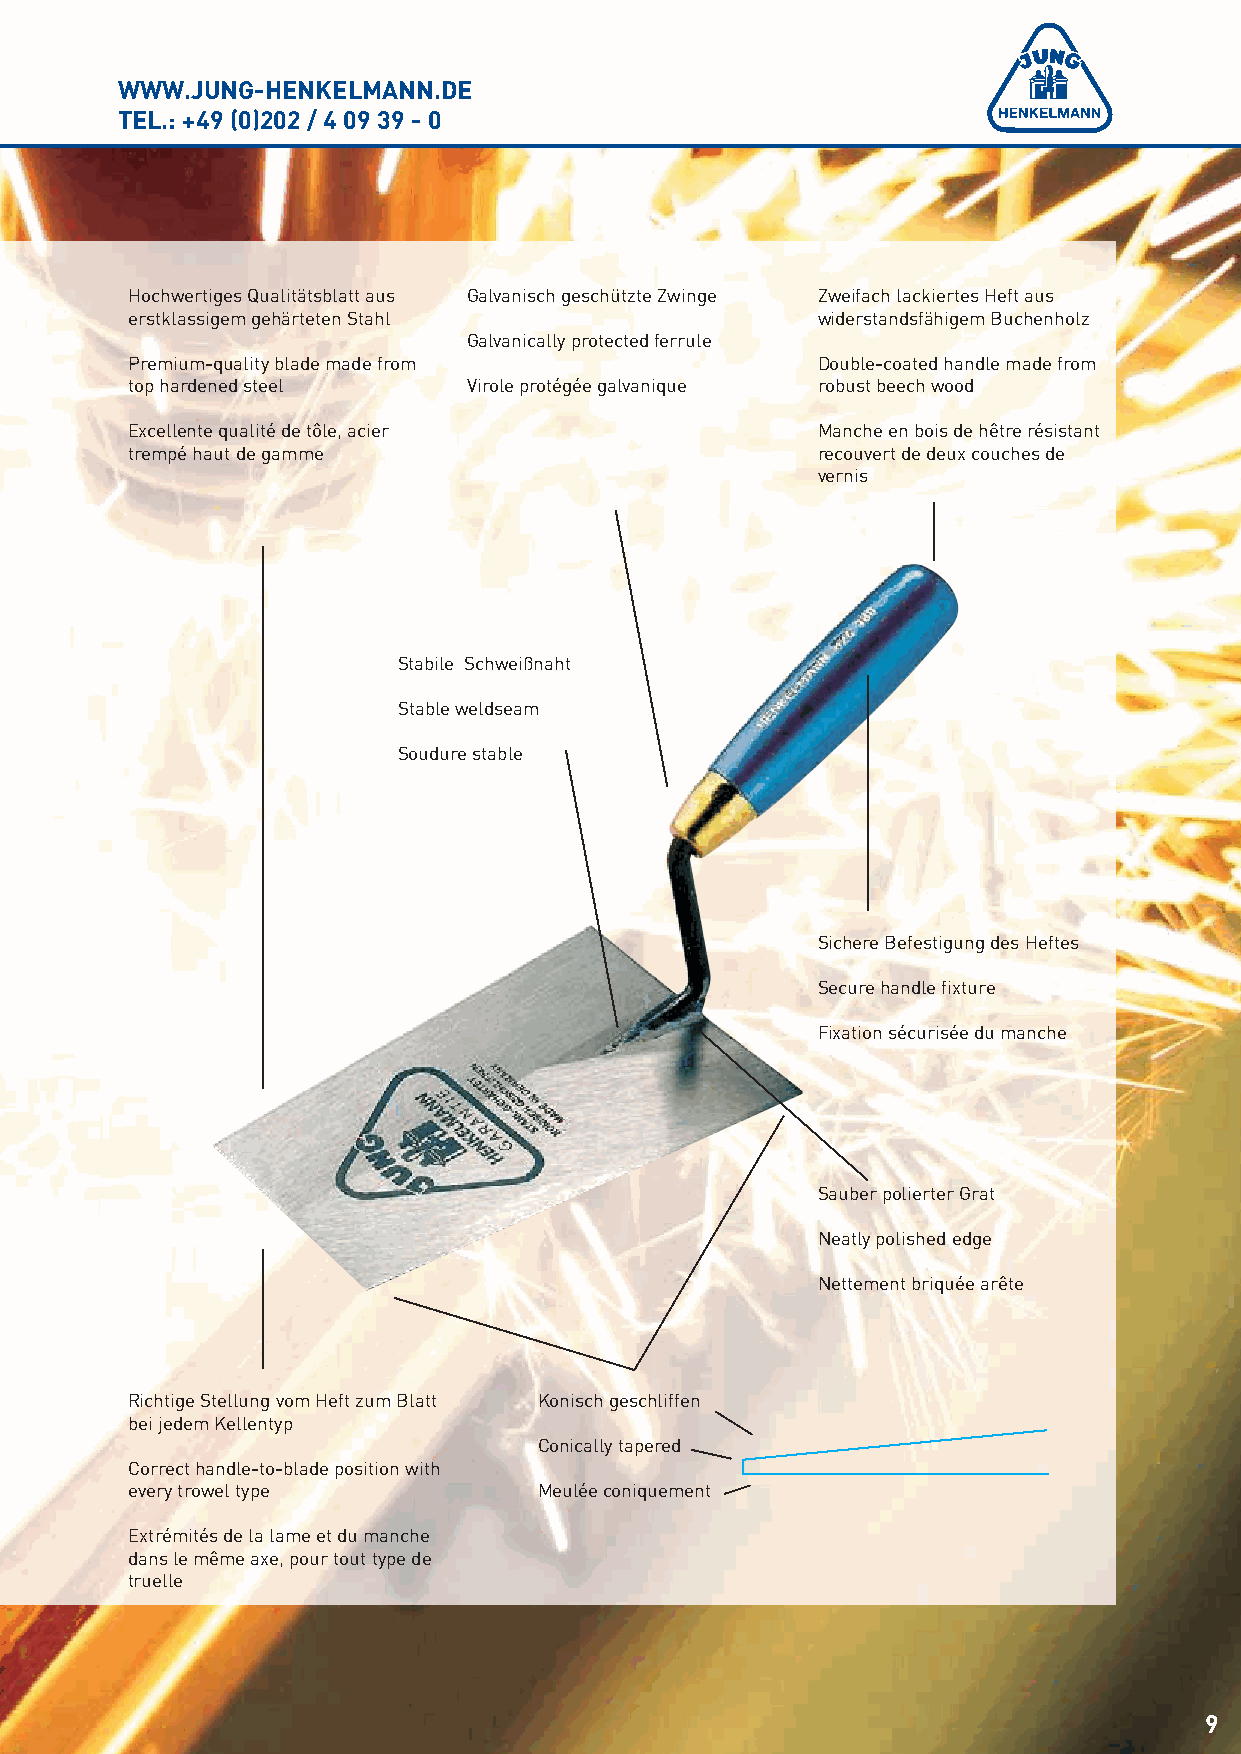
WWW.JUNG-HENKELMANN.DE
 TEL.: +49 (0)202 / 4 09 39 - 0
 Hochwertiges Qualitätsblatt aus Galvanisch geschützte Zwinge Zweifach lackiertes Heft aus
 erstklassigem gehärteten Stahl                widerstandsfähigem Buchenholz
 Galvanically protected ferrule
 Premium-quality blade made from               Double-coated handle made from
 top hardened steel     Virole protégée galvanique robust beech wood
 Excellente qualité de tôle, acier             Manche en bois de hêtre résistant
 trempé haut de gamme                          recouvert de deux couches de
 vernis
 Stabile Schweißnaht
 Stable weldseam
 Soudure stable
 Sichere Befestigung des Heftes
 Secure handle fixture
 Fixation sécurisée du manche
 Sauber polierter Grat
 Neatly polished edge
 Nettement briquée arête
 Richtige Stellung vom Heft zum Blatt Konisch geschliffen
 bei jedem Kellentyp
 Conically tapered
 Correct handle-to-blade position with
 every trowel type           Meulée coniquement
 Extrémités de la lame et du manche
 dans le même axe, pour tout type de
 truelle
 9